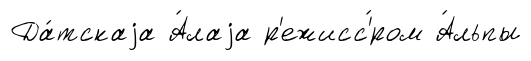
Да́тскаjа А́лаjа р'ежисс'́ром А́льпы